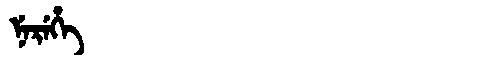
Manchu: ᠨᡝᡵᡝᡥᡝ
Romanization: NEREHE